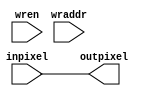
`timescale 1ns / 1ps
//////////////////////////////////////////////////////////////////////////////////
// Company: 
// Engineer: 
// 
// Design Name: 
// Module Name: SCM
// Project Name: 
// Target Devices: 
// Tool Versions: 
// Description: 
// 
// Dependencies: 
// 
// Revision:
// Revision 0.01 - File Created
// Additional Comments:
// 
//////////////////////////////////////////////////////////////////////////////////


module SCM1(input [5:0]wren, input[6:0]wraddr, input [11:0]inpixel, output reg [11:0] outpixel);
    
    always @*
    begin
        //if (wren[5:0] == 6'b000001)
            outpixel = inpixel;
    end
    
endmodule